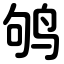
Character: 鸲